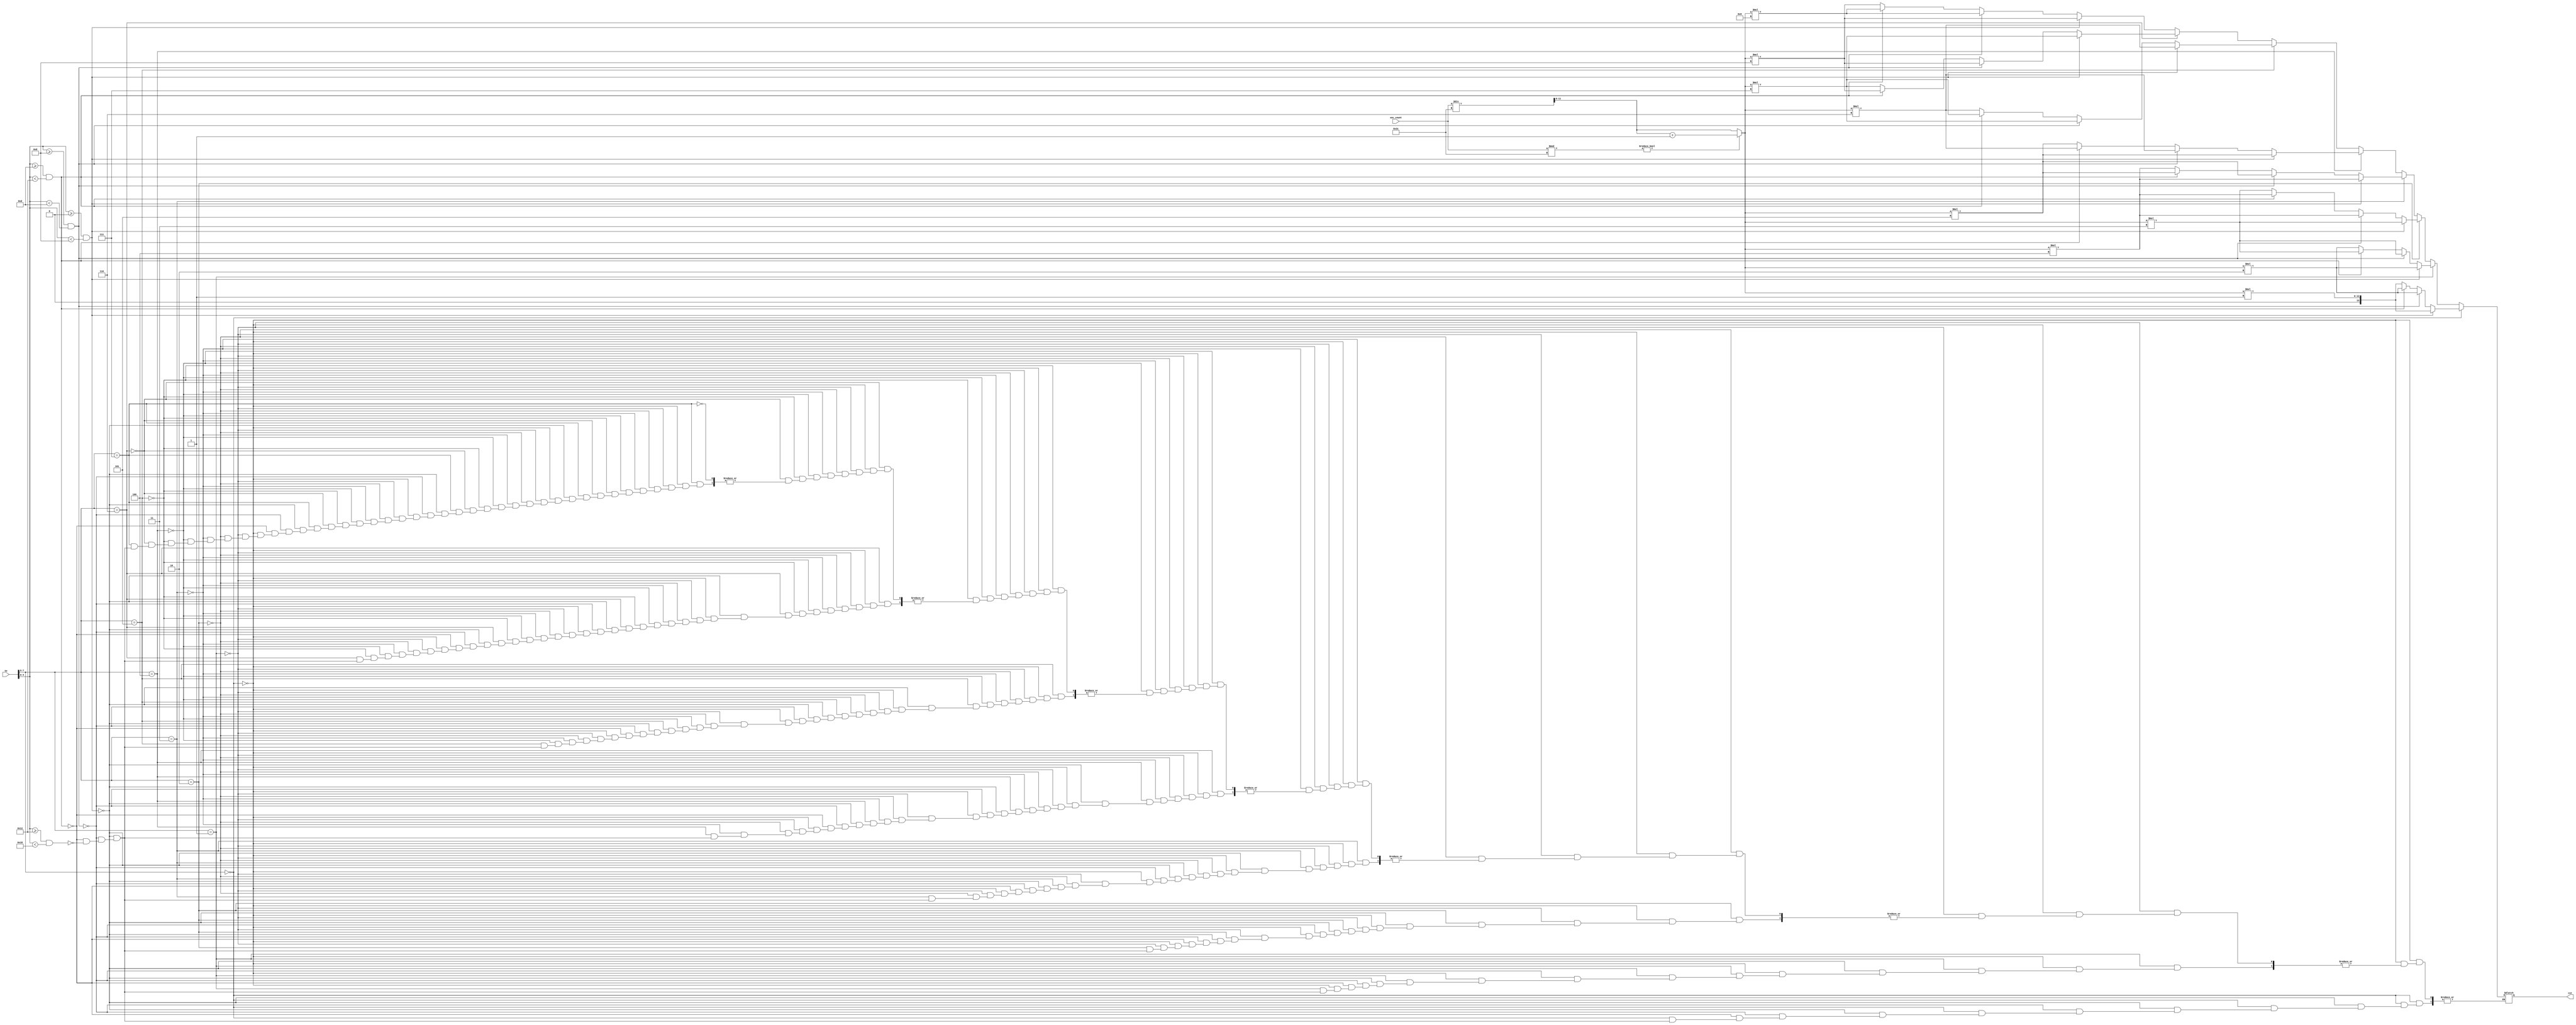


module cost_convert(
 input [7:0] sw, 
 input [11:0] sec_count,
 output [13:0] cst
);
 
 reg [13:0] cost = 0;
 
 assign cst = cost;
 
 wire [2:0] location;
 assign location = sw[7:5];

 wire [4:0] hour;
 assign hour = sw[4:0];

 reg [11:0] min_count;
 
 //convert seconds to minutes
 always @* begin
  if(sec_count % 60 != 0)
     min_count = sec_count / 60 + 1;
  else
     min_count = sec_count / 60;

   //based on the location and time, calculate cost in cents accordingly
   if (location == 'b000) begin
   //12 am to 8 am
   if (hour >= 'b00000 && hour < 'b01000) begin
      cost = min_count * 1;
   //8 am to 1 pm
   end else if (hour >= 'b01000 && hour < 'b01101) begin
      cost = min_count * 2;
   //1 pm to 6 pm
   end else if (hour >= 'b01101 && hour < 'b10010) begin
      cost = min_count * 2;
   //6 pm to 12 am
   end else if (hour >= 'b10010 && hour < 'b11000) begin
      cost = min_count * 1;
   end

   end else if (location == 'b001) begin
   //12 am to 8 am
   if (hour >= 'b00000 && hour < 'b01000) begin
      cost = min_count * 2;
   //8 am to 1 pm
   end else if (hour >= 'b01000 && hour < 'b01101) begin
      cost = min_count * 3;
   //1 pm to 6 pm
   end else if (hour >= 'b01101 && hour < 'b10010) begin
      cost = min_count * 3;
   //6 pm to 12 am
   end else if (hour >= 'b10010 && hour < 'b11000) begin
      cost = min_count * 2;
   end

   end else if (location == 'b010) begin
   //12 am to 8 am
   if (hour >= 'b00000 && hour < 'b01000) begin
      cost = min_count * 3;
   //8 am to 1 pm
   end else if (hour >= 'b01000 && hour < 'b01101) begin
      cost = min_count * 4;
   //1 pm to 6 pm
   end else if (hour >= 'b01101 && hour < 'b10010) begin
      cost = min_count * 4;
   //6 pm to 12 am
   end else if (hour >= 'b10010 && hour < 'b11000) begin
      cost = min_count * 3;
   end

   end else if (location == 'b011) begin
   //12 am to 8 am
   if (hour >= 'b00000 && hour < 'b01000) begin
      cost = min_count * 4;
   //8 am to 1 pm
   end else if (hour >= 'b01000 && hour < 'b01101) begin
      cost = min_count * 5;
   //1 pm to 6 pm
   end else if (hour >= 'b01101 && hour < 'b10010) begin
      cost = min_count * 5;
   //6 pm to 12 am
   end else if (hour >= 'b10010 && hour < 'b11000) begin
      cost = min_count * 4;
   end

   end else if (location == 'b100) begin
   //12 am to 8 am
   if (hour >= 'b00000 && hour < 'b01000) begin
      cost = min_count * 5;
   //8 am to 1 pm
   end else if (hour >= 'b01000 && hour < 'b01101) begin
      cost = min_count * 6;
   //1 pm to 6 pm
   end else if (hour >= 'b01101 && hour < 'b10010) begin
      cost = min_count * 6;
   //6 pm to 12 am
   end else if (hour >= 'b10010 && hour < 'b11000) begin
      cost = min_count * 5;
   end

   end else if (location == 'b101) begin
   //12 am to 8 am
   if (hour >= 'b00000 && hour < 'b01000) begin
      cost = min_count * 6;
   //8 am to 1 pm
   end else if (hour >= 'b01000 && hour < 'b01101) begin
      cost = min_count * 7;
   //1 pm to 6 pm
   end else if (hour >= 'b01101 && hour < 'b10010) begin
      cost = min_count * 7;
   //6 pm to 12 am
   end else if (hour >= 'b10010 && hour < 'b11000) begin
      cost = min_count * 6;
   end

   end else if (location == 'b110) begin
   //12 am to 8 am
   if (hour >= 'b00000 && hour < 'b01000) begin
      cost = min_count * 7;
   //8 am to 1 pm
   end else if (hour >= 'b01000 && hour < 'b01101) begin
      cost = min_count * 8;
   //1 pm to 6 pm
   end else if (hour >= 'b01101 && hour < 'b10010) begin
      cost = min_count * 8;
   //6 pm to 12 am
   end else if (hour >= 'b10010 && hour < 'b11000) begin
      cost = min_count * 7;
   end

   end else if (location == 'b111) begin
   //12 am to 8 am
   if (hour >= 'b00000 && hour < 'b01000) begin
      cost = min_count * 8;
   //8 am to 1 pm
   end else if (hour >= 'b01000 && hour < 'b01101) begin
      cost = min_count * 9;
   //1 pm to 6 pm
   end else if (hour >= 'b01101 && hour < 'b10010) begin
      cost = min_count * 9;
   //6 pm to 12 am
   end else if (hour >= 'b10010 && hour < 'b11000) begin
      cost = min_count * 8;
   end
   
   end

 end

endmodule